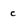
Character: c